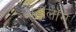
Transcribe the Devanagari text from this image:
कॅटॅलॉग